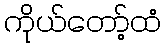
ကိုယ်တော့်ထံ